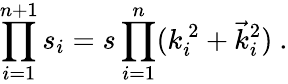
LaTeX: \prod_{i=1}^{n+1}s_{i}=s\prod_{i=1}^{n}(k_{i}^{~2}+\vec{k}_{i}^{2})~.